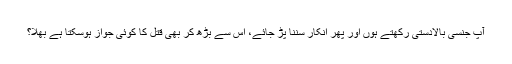
آپ جنسی بالادستی رکھتے ہوں اور پھر انکار سننا پڑ جائے، اس سے بڑھ کر بھی قتل کا کوئی جواز ہوسکتا ہے بھلا؟